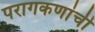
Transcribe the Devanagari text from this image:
परागकणांची